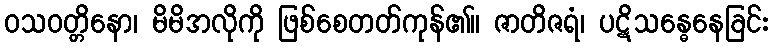
ဝသဝတ္တိနော၊ မိမိအလိုကို ဖြစ်စေတတ်ကုန်၏။ ဇာတိဇရံ၊ ပဋိသန္ဓေနေခြင်း